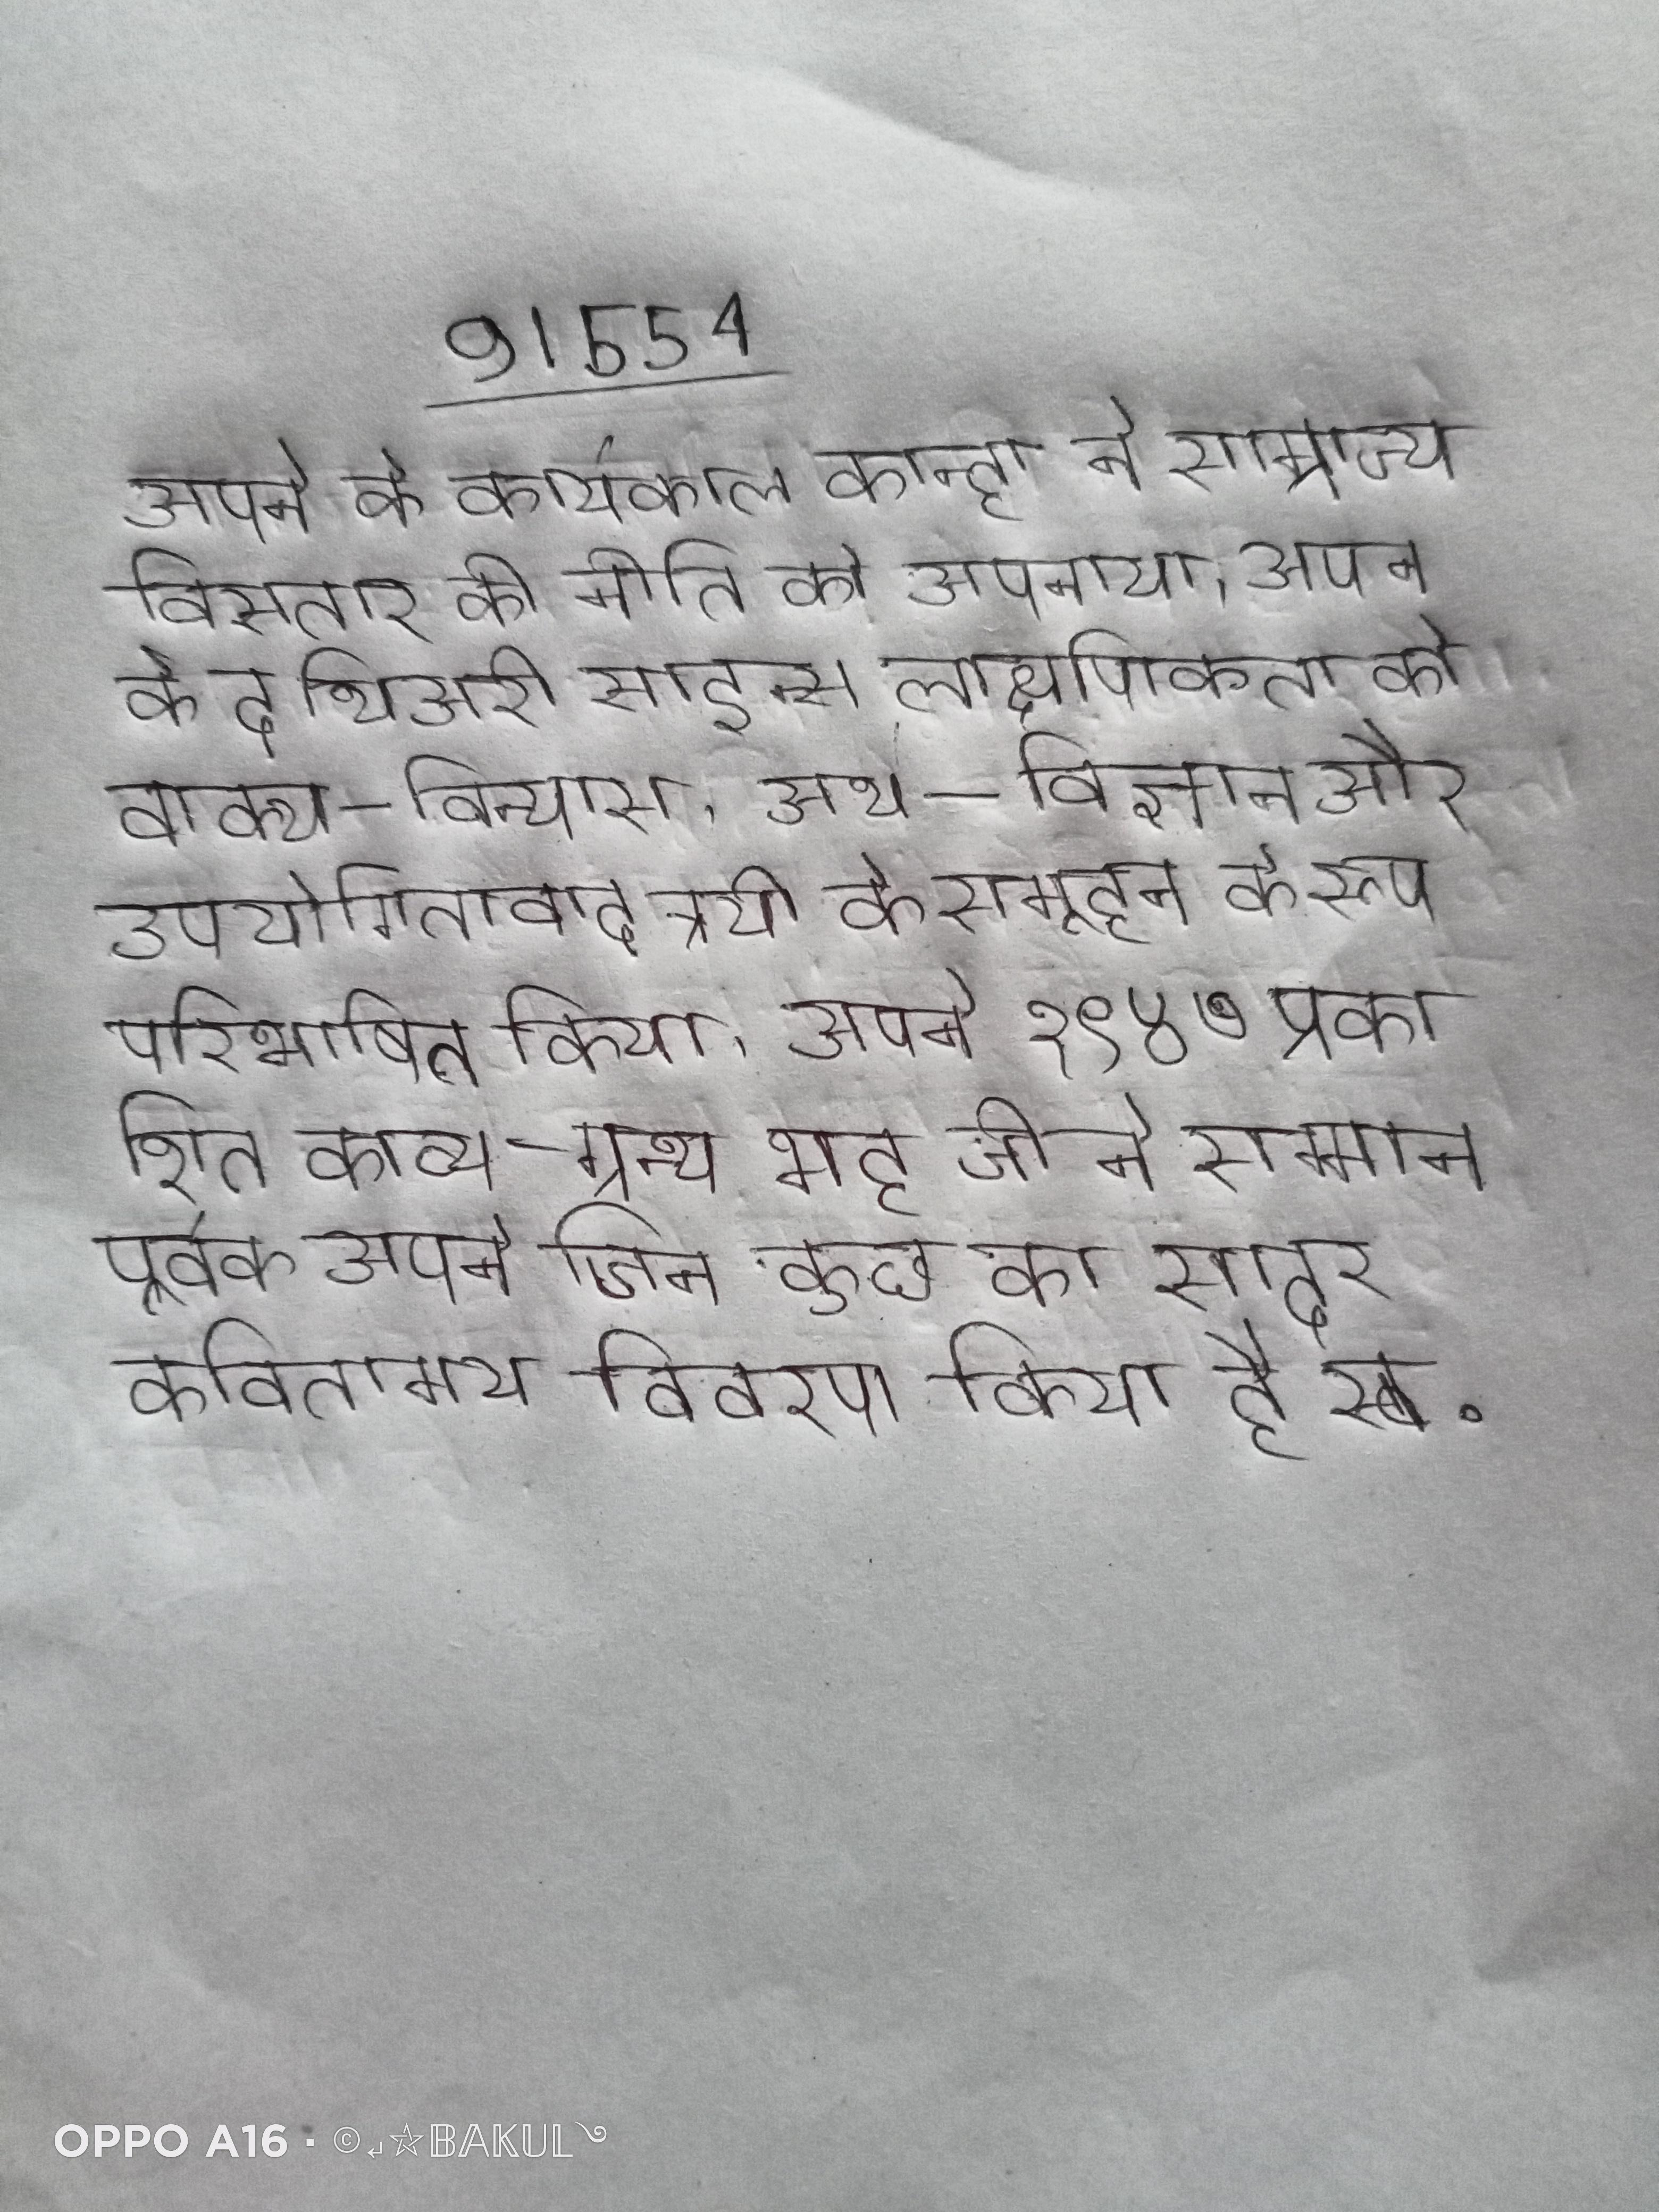
अपने के कार्यकाल कान्हा ने साम्राज्य विसतार की नीति को अपनाया । अपने के द थिअरी साइन्स लाक्षणिकता को वाक्य-विन्यास, अर्थ-विज्ञान और उपयोगितावाद त्रयी के समूहन के रूप परिभाषित किया । अपने १९४७ प्रकाशित काव्य-ग्रन्थ भट्ट जी ने सम्मानपूर्वक अपने जिन कुछ का सादर कवितामय विवरण किया है स्व .